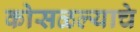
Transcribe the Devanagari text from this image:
कोसळल्याचे